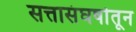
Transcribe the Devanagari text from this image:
सत्तासंघर्षातून